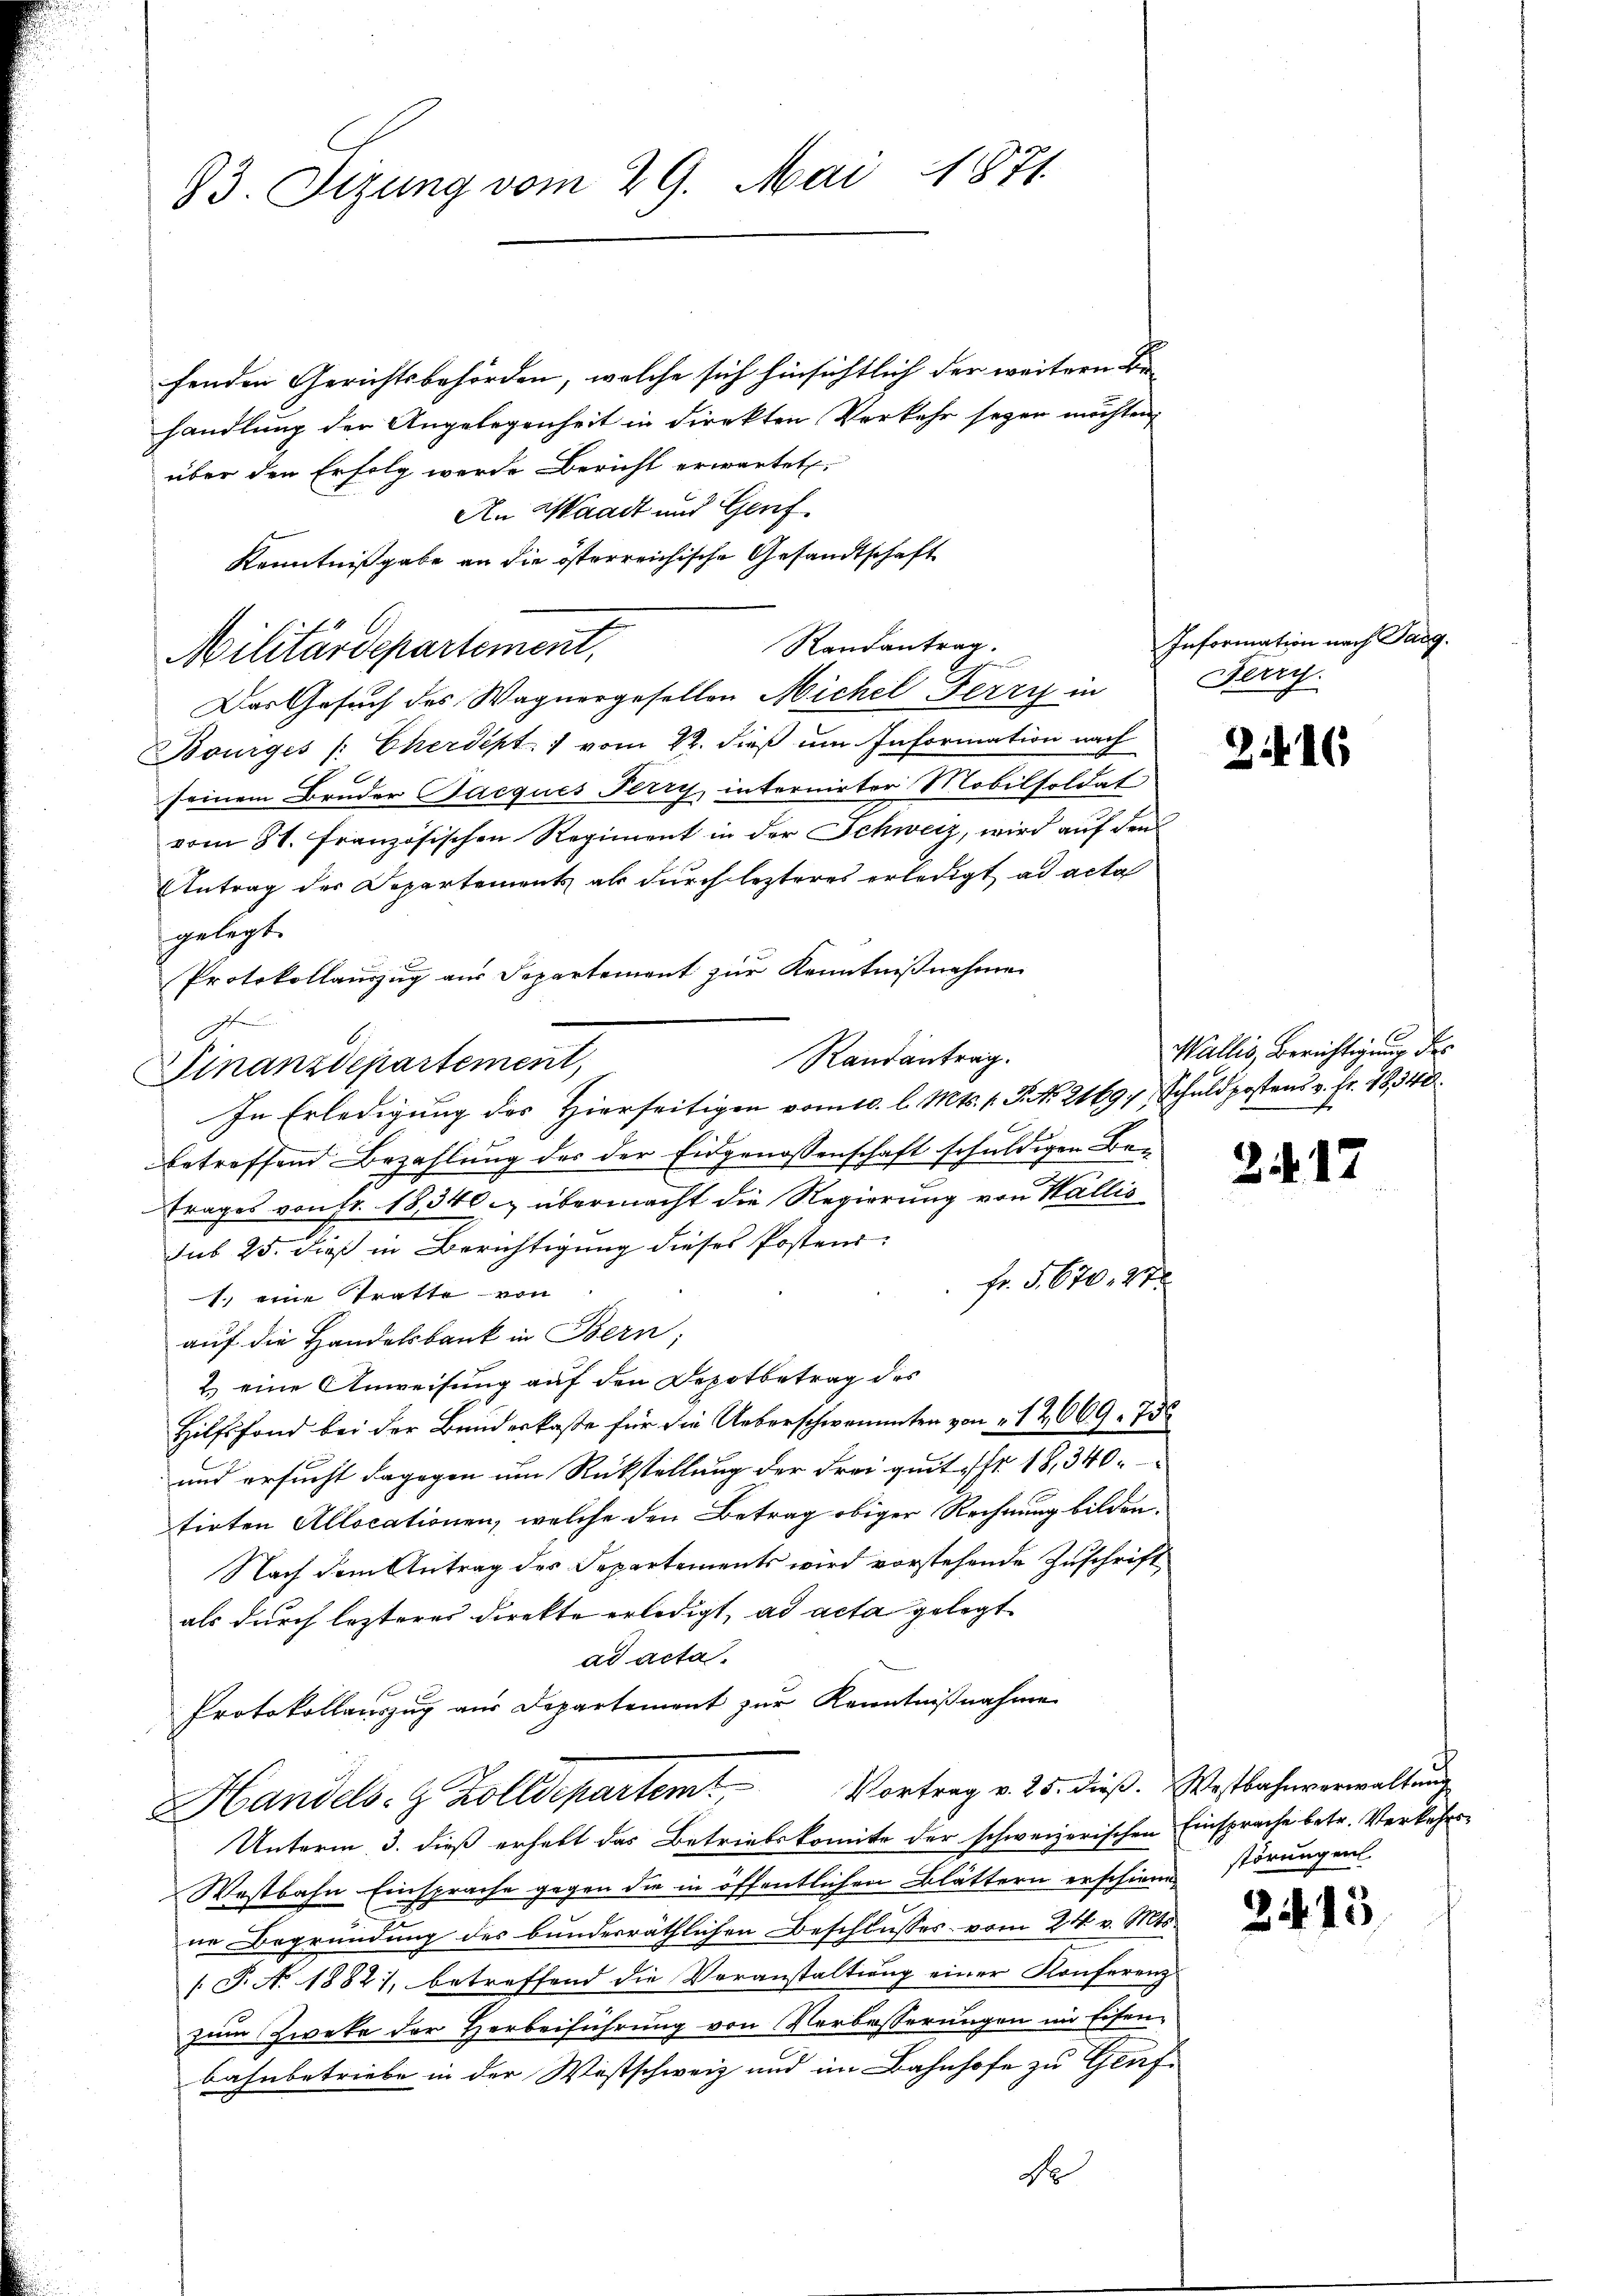
83. Sizung vom 29. Mai 1871.

fenden Gerichtsbehörden, welche sich hinsichtlich der weitern Be-
handlung der Angelegenheit in direkten Verkehr seyen möchten,
über den Erfolg werde Bericht erwartet.
An Waadt und Genf
Kenntnißgabe an die österreichische Gesandtschaft
Randantrag.
Militärdepartement,
Das Gesuch des Wagnergesellen Michel Ferry in Terry
Bourges /: Cherdept vom 22. dieß um Information nach
seinem Bruder Jacques Perry, internirter Mobilsoldat
vom 31. Französischen Regiment in der Schweiz, wird auf den
AAntrag der Departements als durch lezteres erledigt ad acta
gelegt.
Protokollauszug aus Separtement zur Kenntnißnahme
d
Finanzdepartement,
In Erledigung des Hierseitigen vom 10. l. Mts. 1. P. No. 21691, Schuldpostens v. Fr. 48, 340
betreffend Bezahlung des der Eidgenossenschaft schuldigen Betrages von Fr. 18,340. übermacht die Regierung von Wallis
sub 25. dieß in Berichtigung dieses Posten-
fr. 5. 670. 27.
1.) eine Tratte – von
auf die Handelsbank in Bern,
2.) eine Anweisung auf den Depotbetrag des
Hilfsfond bei der Bundeskasse für die Ueberschwemmten von 12. 669. 756
und ersucht dagegen um Rückstellung der Frei quit hr. 18, 340.
tirten Allocationen, welche den Betrag obiger Rechnung bilden.
Nach dem Antrag des Departements wird vorstehende Zuschrift
als durch lezterer Direkte erledigt, ad acta gelegt
ad acta.
Protokollauszug aus Departement zur Kenntnißnahme
Vortrag v. 25. dieß. Westbahnverwaltung
HHandels. z. Zolldepartemt
Unterm 3. dieß erhebt das Betriebskomite der schweizerischen Einsprache betr. Verkehrs-
Wostbahn Einsprache gegen die in öffentlichen Blättern erschiene
ne Begründung des bundesräthlichen Beschlusses vom 24. v. Mts.
 J. Ao 1882, betreffend die Veranstaltung einer Konferenz
zum Zweke der Herbeiführung von Verbesserungen im Eisenbahnbetriebe in der Westschweiz und im Bahnhofe zu Genf

Randantrag.

A

Information nach Targ.

216

Wallis, Berichtigung des

2

12

störung ent

2415